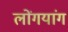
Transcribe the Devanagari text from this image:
लोंगयांग